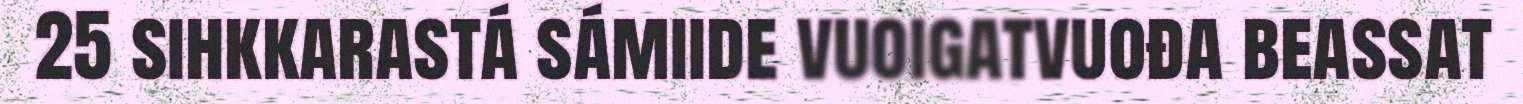
25 sihkkarastá sámiide vuoigatvuođa beassat